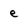
Character: e